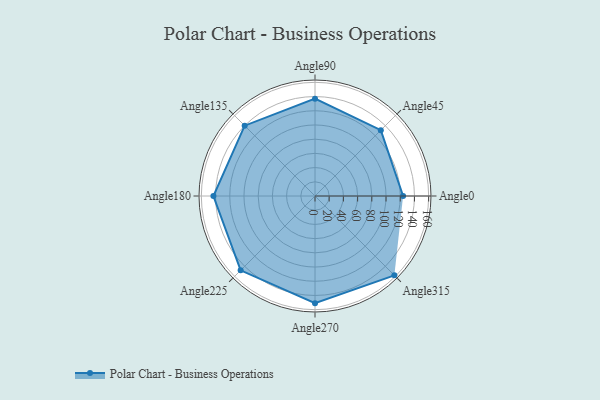
{"axis": {"x": "Angle", "y": "Radius"}, "legend": [""], "data": [{"x": "Angle0", "y": 124.0, "type": ""}, {"x": "Angle45", "y": 131.0, "type": ""}, {"x": "Angle90", "y": 137.0, "type": ""}, {"x": "Angle135", "y": 140.0, "type": ""}, {"x": "Angle180", "y": 143.0, "type": ""}, {"x": "Angle225", "y": 148.0, "type": ""}, {"x": "Angle270", "y": 151.0, "type": ""}, {"x": "Angle315", "y": 158.0, "type": ""}]}